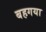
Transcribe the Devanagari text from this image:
बहगया